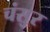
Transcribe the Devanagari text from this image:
चंसुर